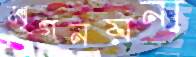
মৃগনয়না